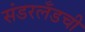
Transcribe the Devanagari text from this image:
संडरलँडची